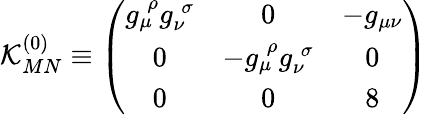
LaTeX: \mathcal{K}_{MN}^{(0)}\equiv\left(\begin{array}{ccc}{{g_{\mu}^{\; \rho}g_{\nu}^{\; \sigma}}}&{{0}}&{{-g_{\mu\nu}}}\\ {{0}}&{{-g_{\mu}^{\; \rho}g_{\nu}^{\; \sigma}}}&{{0}}\\ {{0}}&{{0}}&{{8}}\end{array}\right)